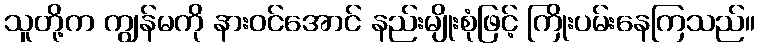
သူတို့က ကျွန်မကို နားဝင်အောင် နည်းမျိုးစုံဖြင့် ကြိုးပမ်းနေကြသည်။